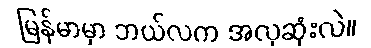
မြန်မာမှာ ဘယ်လက အလှဆုံးလဲ။